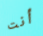
أنت